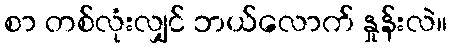
စာ တစ်လုံးလျှင် ဘယ်လောက် နှုန်းလဲ။